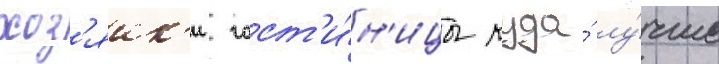
хоз'яик'и гост'и́н'ицы куда́ лу́чше